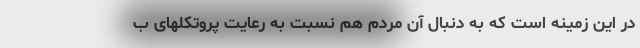
در این زمینه است که به دنبال آن مردم هم نسبت به رعایت پروتکلهای ب